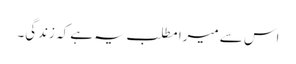
اس سے میرا مطلب یہ ہے کہ زندگی۔